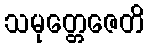
သမုတ္တေဇေတိ